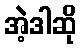
အဲ့ဒါဆို